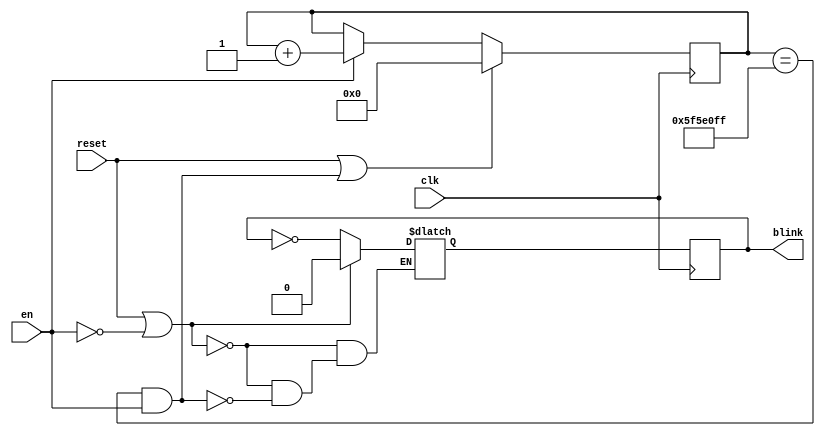
`timescale 1ns / 1ps
//////////////////////////////////////////////////////////////////////////////////
// Company: 
// Engineer: 
// 
// Design Name: 
// Module Name: blink
// Project Name: 
// Target Devices: 
// Tool Versions: 
// Description: 
// 
// Dependencies: 
// 
// Revision:
// Revision 0.01 - File Created
// Additional Comments:
// 
//////////////////////////////////////////////////////////////////////////////////


module blink#(parameter DVSR = 10000_0000 - 1)
    (
    input clk,reset,
    input en,
    output blink
    );
    
    reg [29:0] ms_reg;
    wire [29:0] ms_next;
    reg blink_reg;
    reg blink_next;
    
    //
    always@(posedge clk) begin
        ms_reg <= ms_next;
        blink_reg <= blink_next;
    end
    
    //
    assign ms_next = (reset||(ms_reg == DVSR && en)) ? 0 :
                                                (en) ? ms_reg + 1 :
                                                       ms_reg;
    
    //
    always@(*) begin
        if(reset||~en) begin
            blink_next = 1'b0;
        end else if(en && (ms_reg == DVSR)) begin
            blink_next = ~blink_reg;
        end
    end
    
    assign blink = blink_reg;
endmodule